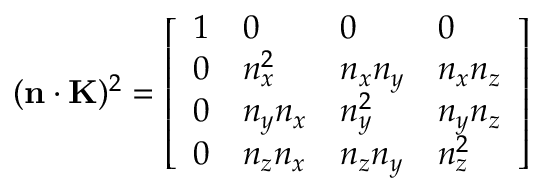
( \mathbf { n } \cdot \mathbf { K } ) ^ { 2 } = { \left[ \begin{array} { l l l l } { 1 } & { 0 } & { 0 } & { 0 } \\ { 0 } & { n _ { x } ^ { 2 } } & { n _ { x } n _ { y } } & { n _ { x } n _ { z } } \\ { 0 } & { n _ { y } n _ { x } } & { n _ { y } ^ { 2 } } & { n _ { y } n _ { z } } \\ { 0 } & { n _ { z } n _ { x } } & { n _ { z } n _ { y } } & { n _ { z } ^ { 2 } } \end{array} \right] }